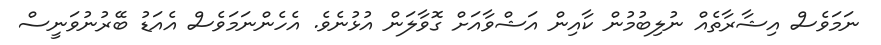
ނަމަވެސް އިޝާރާތެއް ނުލިބުމުން ކާއިން އަޝްވާއަށް ގޮވާލަން އުޅުނެވެ. އެހެންނަމަވެސް އެއަޑު ބޭރުނުވަނީސް